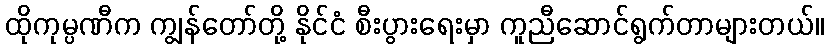
ထိုကုမ္ပဏီက ကျွန်တော်တို့ နိုင်ငံ စီးပွားရေးမှာ ကူညီဆောင်ရွက်တာများတယ်။